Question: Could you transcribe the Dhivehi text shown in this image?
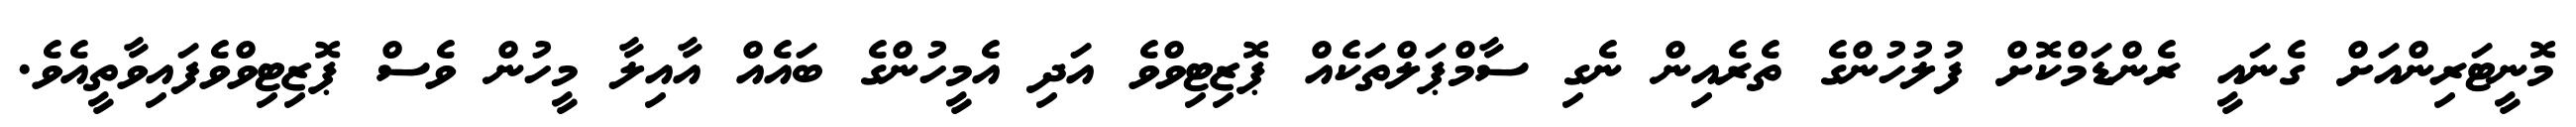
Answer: މޮނީޓަރިންއަށް ގެނައީ ރެންޑަމްކޮށް ފުލުހުންގެ ތެރެއިން ނެގި ސާމްޕަލްތަކެއް ޕޮޒިޓިވްވެ އަދި އެމީހުންގެ ބައެއް އާއިލާ މީހުން ވެސް ޕޮޒިޓިވްވެފައިވާތީއެވެ.